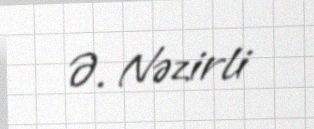
Ə. Nəzirli